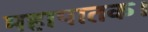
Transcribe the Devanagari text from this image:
महापातक।